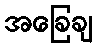
အခြေချ